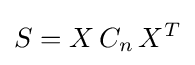
S=X\,C_{n}\,X^{T}